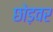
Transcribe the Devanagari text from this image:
छोड़वर